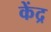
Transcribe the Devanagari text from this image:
केंद्र